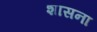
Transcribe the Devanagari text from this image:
शासना